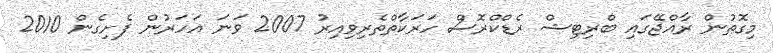
މިގޮތުން ރާއްޖޭގައި ބްރިޓިޝް ރެޑްކްރޮސް ހަރަކާތްތެރިވިއިރު 2007 ވަނަ އަހަރުން ފެށިގެން 2010